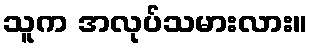
သူက အလုပ်သမားလား။